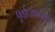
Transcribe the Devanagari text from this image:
पूर्वार्धापर्यंतचे